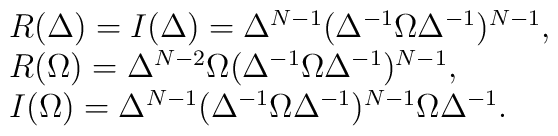
\begin{array}{l}R(\Delta )= I(\Delta )=\Delta^{N-1} (\Delta^{-1} \Omega \Delta^{-1} )^{N-1}, \\R(\Omega )=\Delta^{N-2} \Omega (\Delta^{-1} \Omega \Delta^{-1} )^{N-1}, \\I(\Omega )= \Delta^{N-1} (\Delta^{-1} \Omega \Delta^{-1} )^{N-1} \Omega\Delta^{-1}.\end{array}